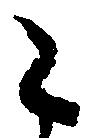
々